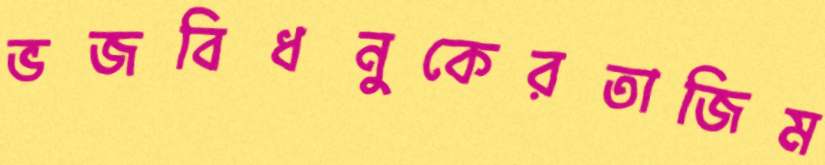
ভজবিধনুকেরতাজিম